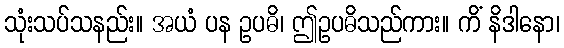
သုံးသပ်သနည်း။ အယံ ပန ဥပဓိ၊ ဤဥပဓိသည်ကား။ ကိံ နိဒါနော၊